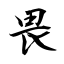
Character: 畏